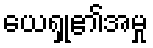
ယေရှု၏အမှု